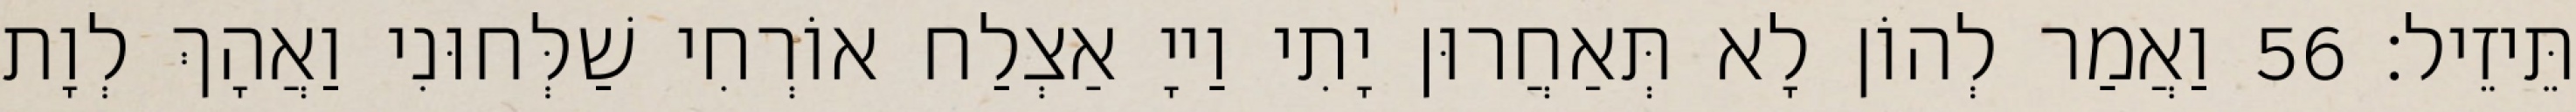
תֵּיזֵיל׃ 56 וַאֲמַר לְהוֹן לָא תְּאַחֲרוּן יָתִי וַייָ אַצְלַח אוֹרְחִי שַׁלְּחוּנִי וַאֲהָךְ לְוָת